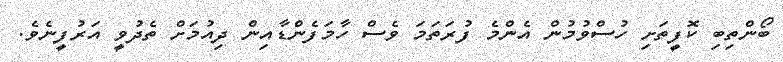
ބޯންތިބި ކޮފީތަށި ހުސްވުމުން އެންމެ ފުރަތަމަ ވެސް ހާމަފެންޑާއިން ދިއުމަށް ތެދުވީ އަރުފީނެވެ.